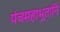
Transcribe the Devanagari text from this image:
पंचमहाभूतानि